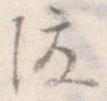
後